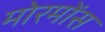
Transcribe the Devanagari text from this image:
मोरमोंस